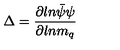
\Delta = { \frac { \partial l n \bar { \psi } \psi } { \partial l n m _ { q } } }